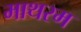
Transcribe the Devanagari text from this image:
माथरम